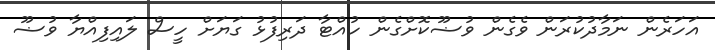
އަހަރެން ނަމާދުކުރަން ވެގެން ވުޟޫކޮށްގެން ހުއްޓާ ދަރިފުޅު ގަޔަށް ހީސް ލައިފިއްޔާ ވުޟޫ